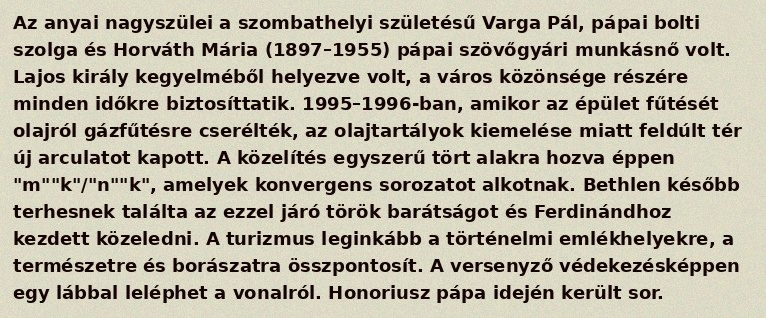
Az anyai nagyszülei a szombathelyi születésű Varga Pál, pápai bolti szolga és Horváth Mária (1897–1955) pápai szövőgyári munkásnő volt. Lajos király kegyelméből helyezve volt, a város közönsége részére minden időkre biztosíttatik. 1995–1996-ban, amikor az épület fűtését olajról gázfűtésre cserélték, az olajtartályok kiemelése miatt feldúlt tér új arculatot kapott. A közelítés egyszerű tört alakra hozva éppen "m""k"/"n""k", amelyek konvergens sorozatot alkotnak. Bethlen később terhesnek találta az ezzel járó török barátságot és Ferdinándhoz kezdett közeledni. A turizmus leginkább a történelmi emlékhelyekre, a természetre és borászatra összpontosít. A versenyző védekezésképpen egy lábbal leléphet a vonalról. Honoriusz pápa idején került sor.